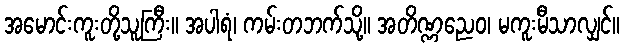
အမောင်းကူးတို့သူကြီး။ အပါရံ၊ ကမ်းတဘက်သို့။ အတိဏ္ဏညေဝ၊ မကူးမီသာလျှင်။